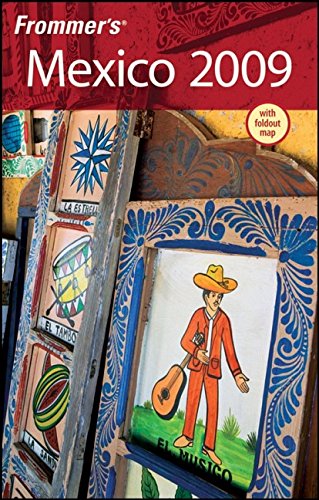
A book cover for Frommer's Mexico 2009 (Frommer's Complete Guides); David Baird; Travel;